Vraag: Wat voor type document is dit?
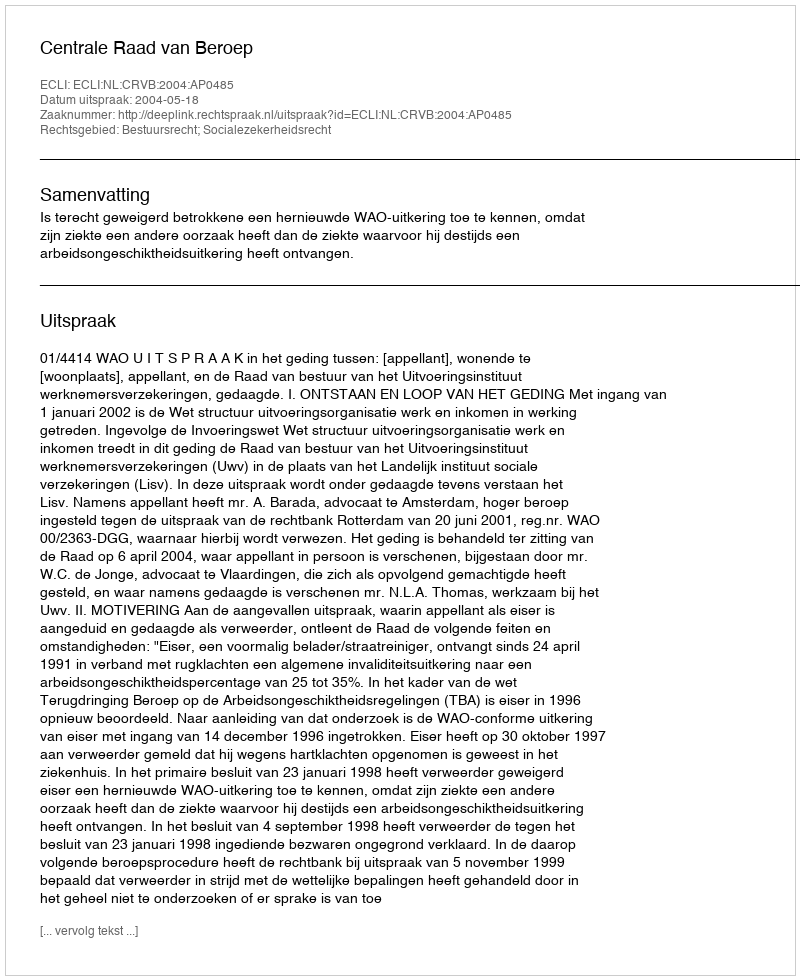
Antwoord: Uitspraak